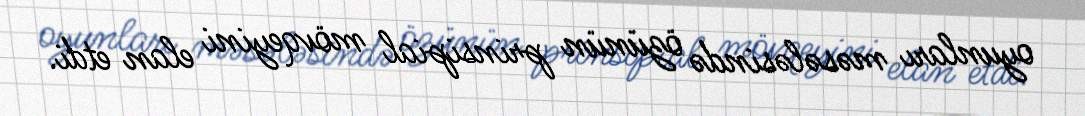
oyunları məsələsində özünün prinsipial mövqeyini elan etdi.